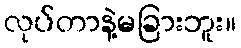
လုပ်တာနဲ့မခြားဘူး။